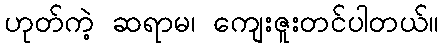
ဟုတ်ကဲ့ ဆရာမ၊ ကျေးဇူးတင်ပါတယ်။